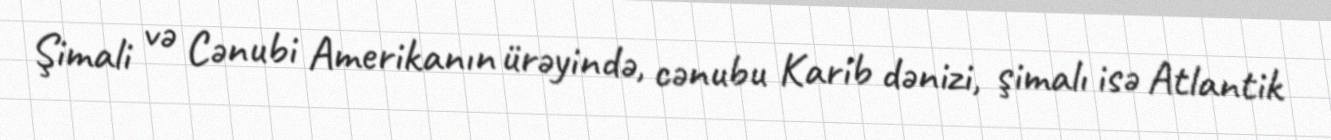
Şimali və Cənubi Amerikanın ürəyində, cənubu Karib dənizi, şimalı isə Atlantik